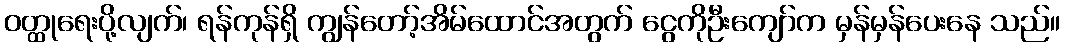
ဝတ္ထုရေးပို့လျက်၊ ရန်ကုန်ရှိ ကျွန်တော့်အိမ်ထောင်အတွက် ငွေကိုဦးကျော်က မှန်မှန်ပေးနေ သည်။